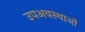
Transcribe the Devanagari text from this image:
उपअवस्थाओं